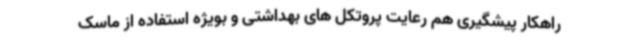
راهکار پیشگیری هم رعایت پروتکل های بهداشتی و بویژه استفاده از ماسک